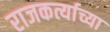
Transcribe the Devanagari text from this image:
राजकर्त्याच्या